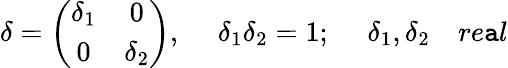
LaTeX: \delta=\left(\begin{array}{cc}{{\delta_{1}}}&{{0}}\\ {{0}}&{{\delta_{2}}}\end{array}\right),~~~~~\delta_{1}\delta_{2}=1;~~~~~\delta_{1},\delta_{2}~~~~re\mathtt{a}l